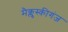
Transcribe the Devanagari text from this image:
मैक्लुस्कीगंज